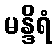
မန္ဒိရံ